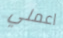
اعملي